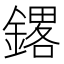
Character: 𲇝